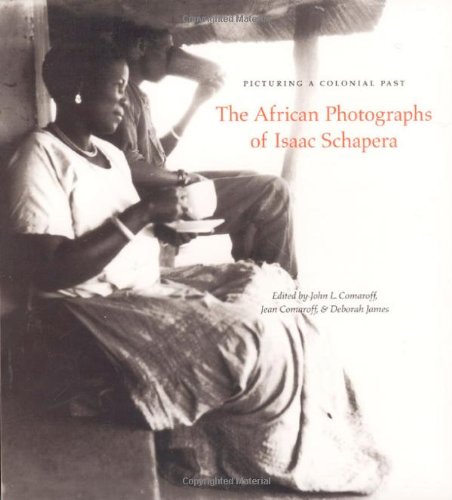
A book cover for Picturing a Colonial Past: The African Photographs of Isaac Schapera; Travel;